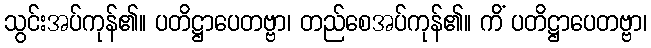
သွင်းအပ်ကုန်၏။ ပတိဋ္ဌာပေတဗ္ဗာ၊ တည်စေအပ်ကုန်၏။ ကိံ ပတိဋ္ဌာပေတဗ္ဗာ၊